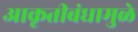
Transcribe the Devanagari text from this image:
आकृतीबंधामुळे